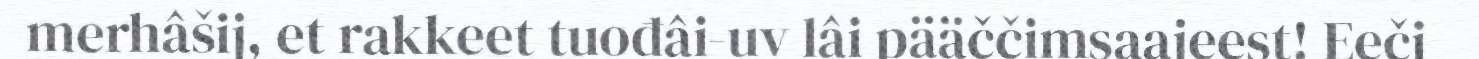
merhâšij, et rakkeet tuođâi-uv lâi pääččimsaajeest! Eeči